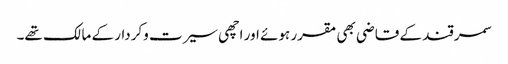
سمرقند کے قاضی بھی مقرر ہوئے اور اچھی سیرت وکردار کے مالک تھے۔